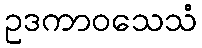
ဥဒကာဝသေသံ